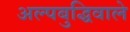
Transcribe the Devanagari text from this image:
अल्पबुद्धिवाले